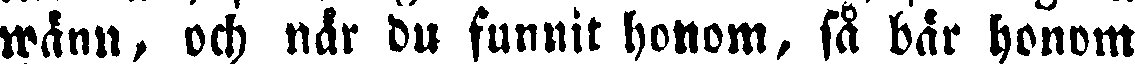
wänn, och när du funnit honom, så bär honom